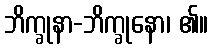
ဘိက္ခုနာ-ဘိက္ခုနော၊ ၏။